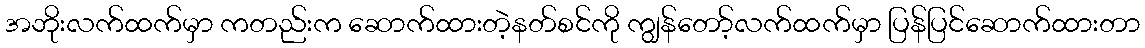
အဘိုးလက်ထက်မှာ ကတည်းက ဆောက်ထားတဲ့နတ်စင်ကို ကျွန်တော့်လက်ထက်မှာ ပြန်ပြင်ဆောက်ထားတာ